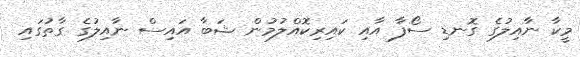
މީކާ ނާއިލުގެ ގޮނޑި ސޯފާ އާއި ކައިރިކޮއްލުމުން ޝަބާ އައިސް ނާއިލުގެ ގާތުގައި